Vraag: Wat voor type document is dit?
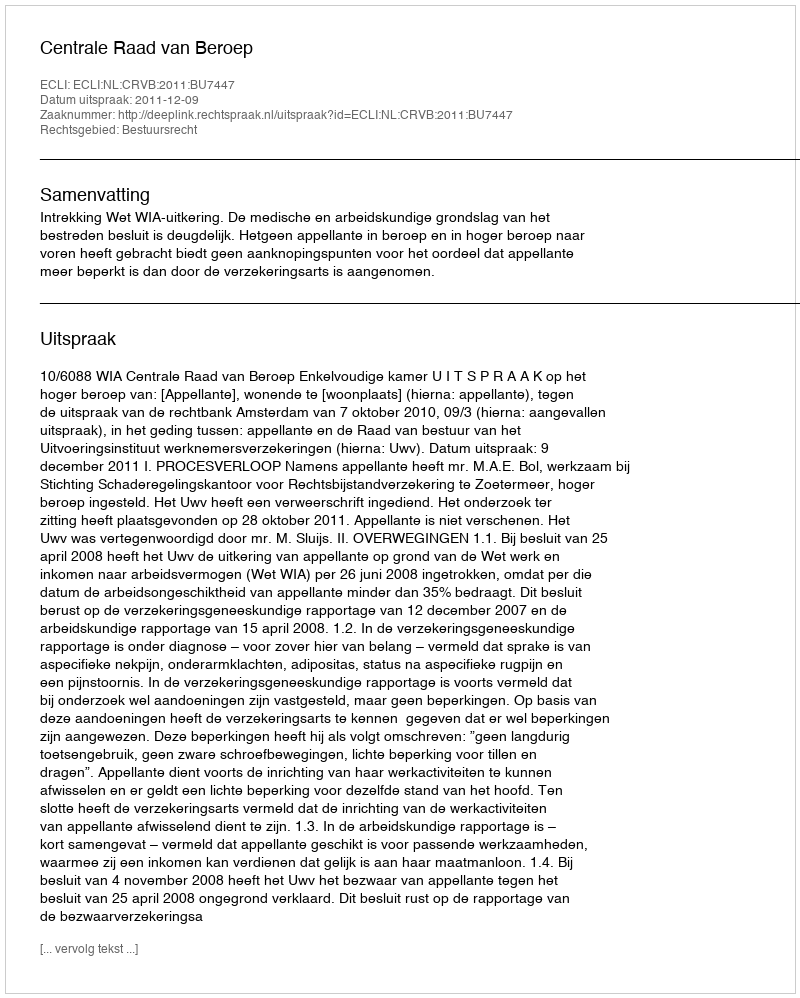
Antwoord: Uitspraak